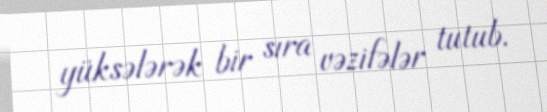
yüksələrək bir sıra vəzifələr tutub.